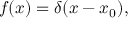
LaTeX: f ( x ) = \delta ( x - x _ { 0 } ) ,